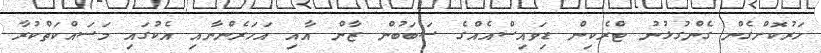
ހަރުކޮށްގެން ގެންގުޅުނު ޓްރެކިން ޑިވައިސްއެއްގެ ސަބަބުން ޒާން އާއި އަހަރެންނާއި އެކުގައި މަސައްކަތްކުރާ